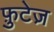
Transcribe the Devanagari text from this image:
फ़ुटेज़